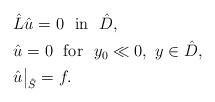
LaTeX: \begin{align*} &\hat L\hat u=0 \ \ \mbox{in}\ \ \hat D,\\ &\hat u = 0 \ \ \mbox{for}\ \ y_0\ll 0,\ y\in \hat D,\\&\hat u\big|_{\hat S}=f.\end{align*}